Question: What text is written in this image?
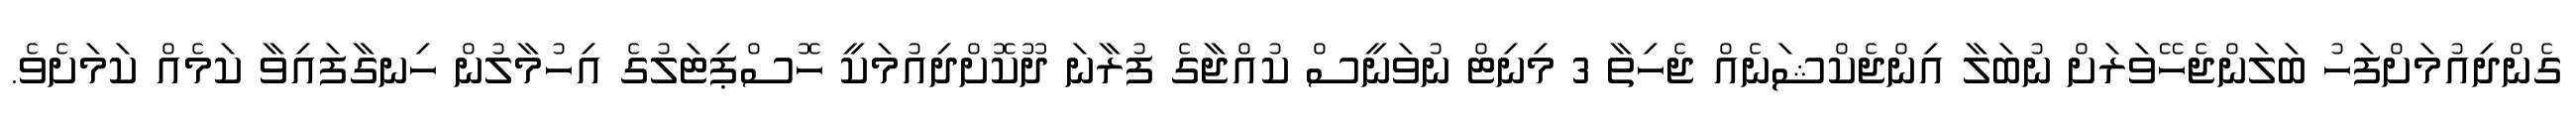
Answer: ގެންދިއުމަށްފަހު ބަލަންޖެހޭވަރަށް ނުބަލާ އިންޖެކްޝަނެއް ޖެހިތާ 3 މިނިޓް ނުވަނީސް ކުއްޖާގެ ފުރާނަ ދޫކޮށްދިއުމަކީ ހޮސްޕިޓަލުގެ އިހުމާލުން ހިނގާފައިވާ ކަމެއް ކަމަށެވެ.